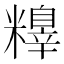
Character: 𥼺